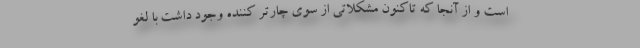
است و از آنجا که تاکنون مشکلاتی از سوی چارتر کننده وجود داشت با لغو